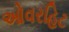
ઓવરહિટ